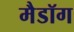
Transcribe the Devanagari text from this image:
मैडॉग